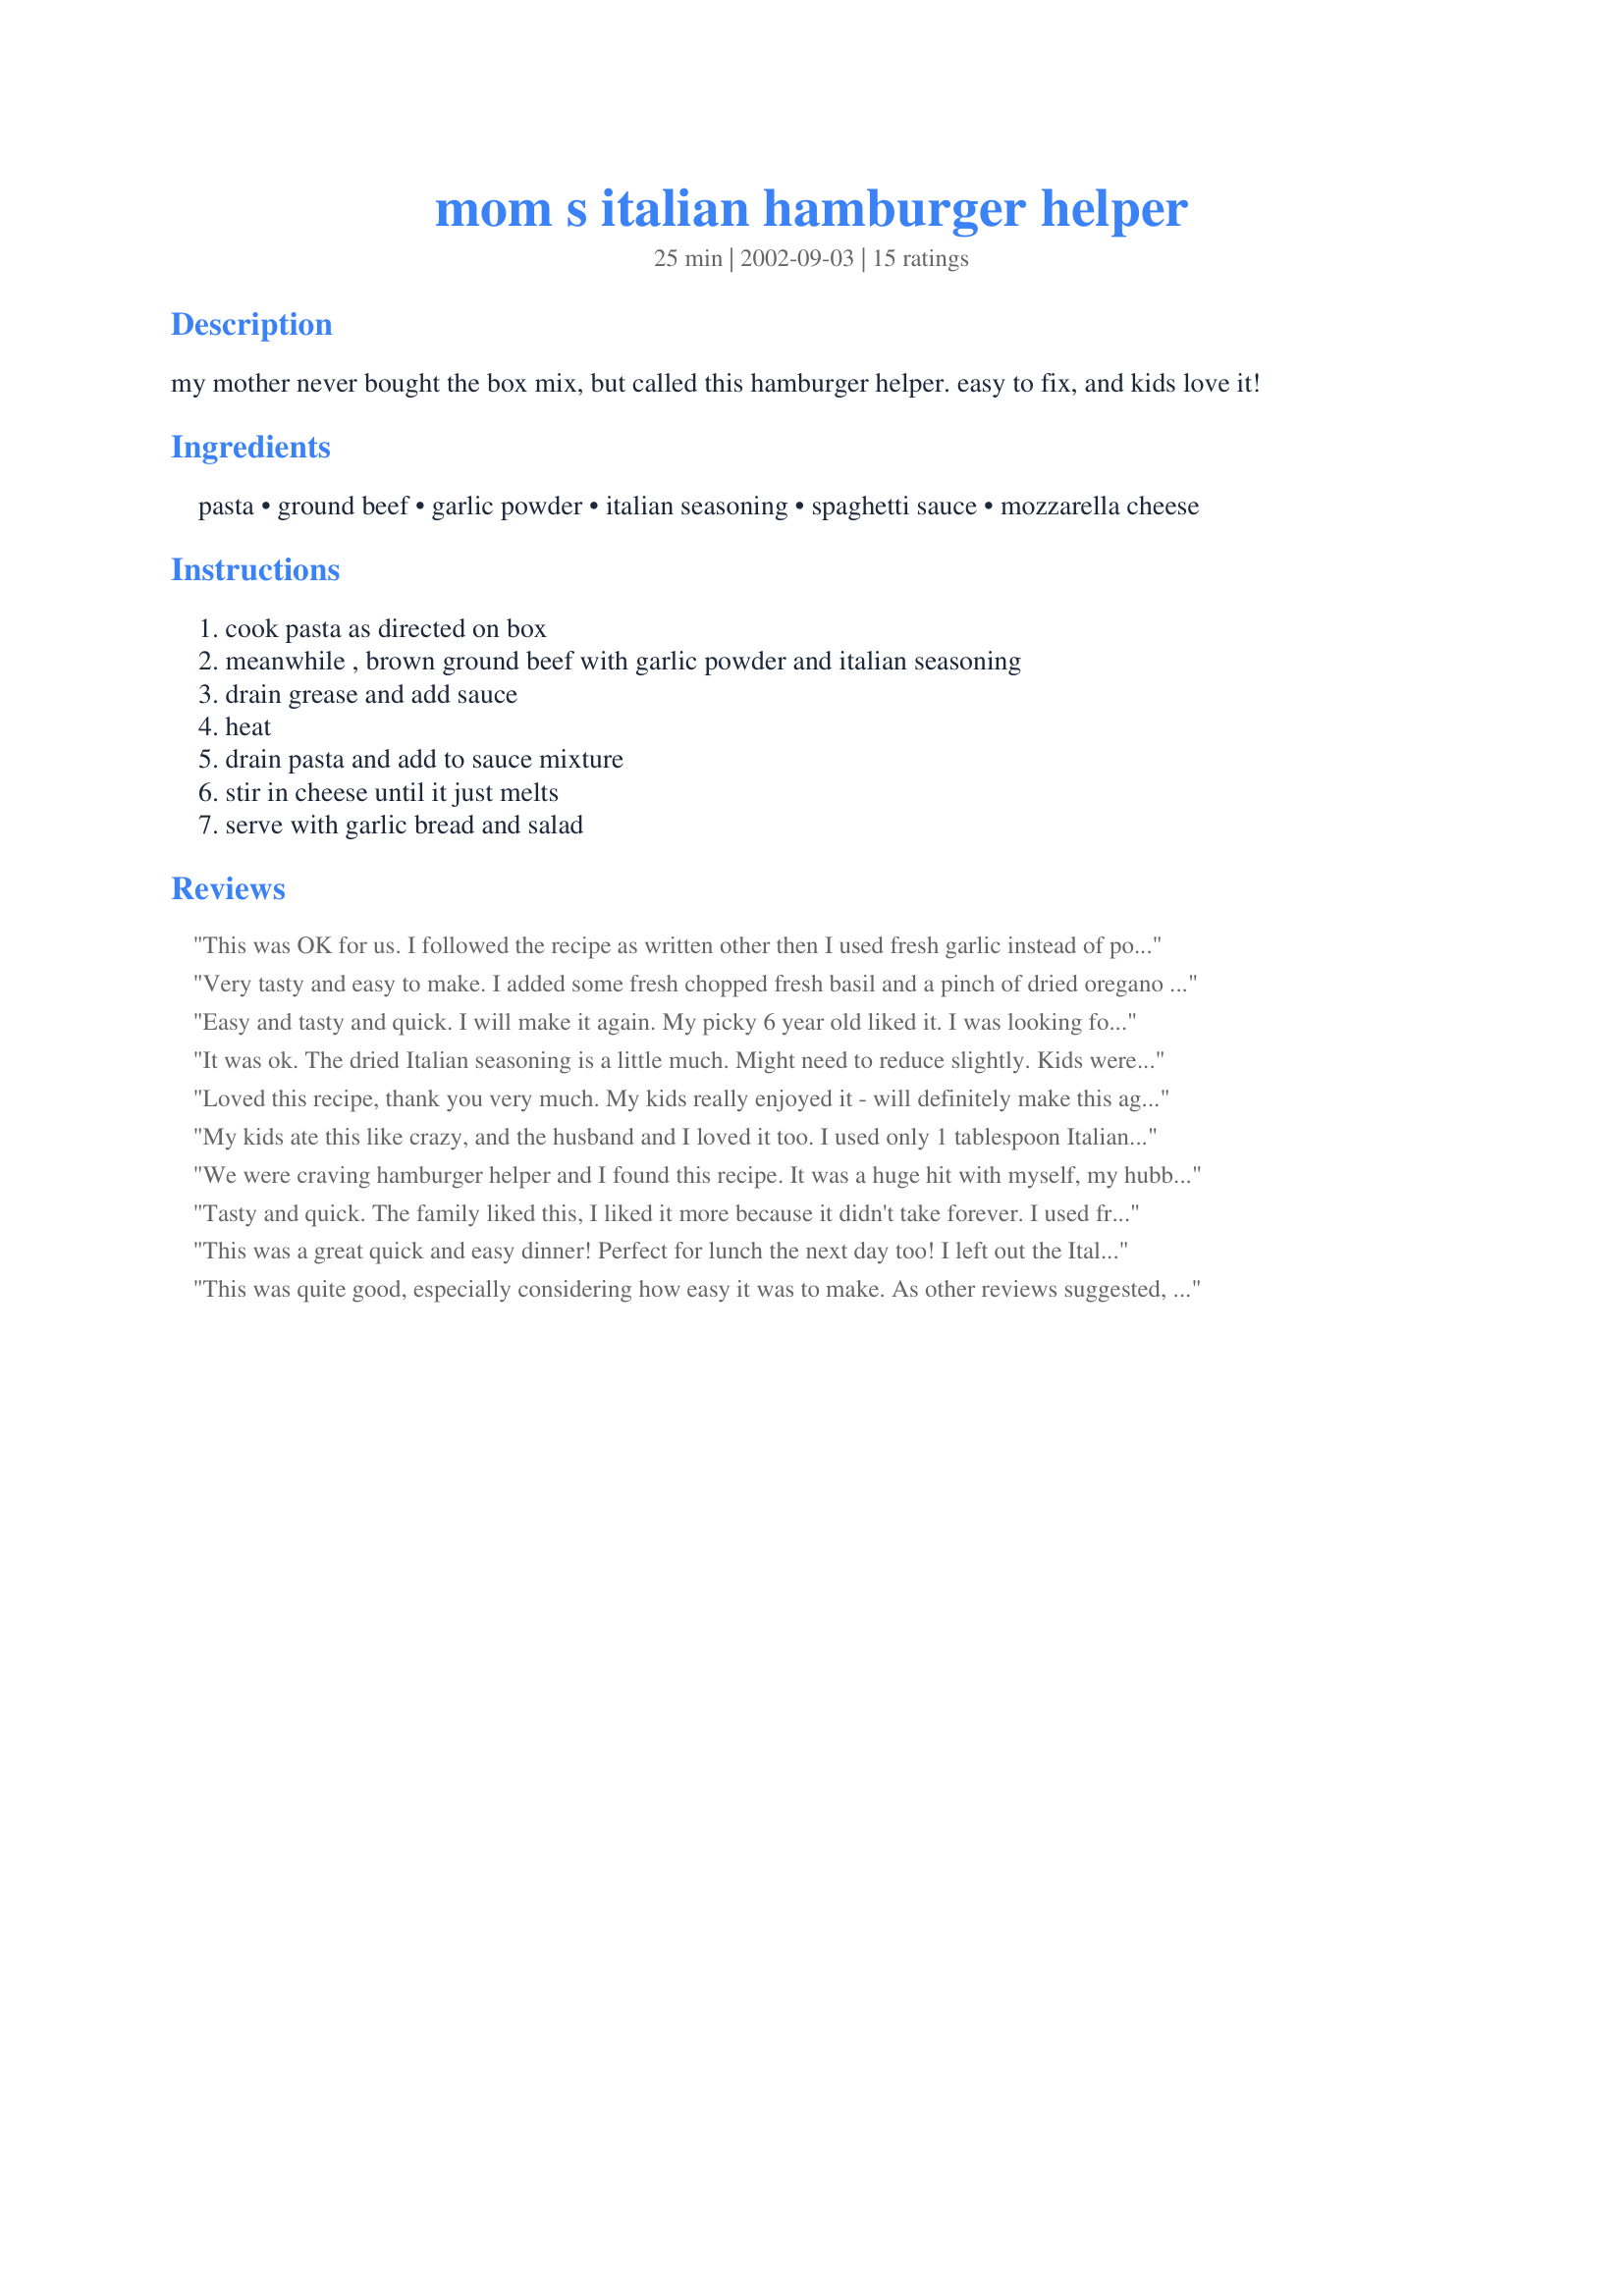
mom s italian hamburger helper
Preparation time: 25 minutes

my mother never bought the box mix, but called this hamburger helper. easy to fix, and kids love it!

Ingredients:
pasta, ground beef, garlic powder, italian seasoning, spaghetti sauce, mozzarella cheese

Steps:
cook pasta as directed on box, meanwhile , brown ground beef with garlic powder and italian seasoning, drain grease and add sauce, heat, drain pasta and add to sauce mixture, stir in cheese until it just melts, serve with garlic bread and salad

Reviews:
This was OK for us. I followed the recipe as written other then I used fresh garlic instead of powder, My family found this a bit bland but it was a quick weeknight meal.
Very tasty and easy to make. I added some fresh chopped fresh basil and a pinch of dried oregano at the end of the heating, just before mixing with the pasta and cheese.
Easy and tasty and quick. I will make it again. My picky 6 year old liked it. I was looking for hamburger helper type recipes without the additives like partially hydrogenated oils. So this one is healthier too. As tasty or tastier than Hamburger Helper Italian mixes.
It was ok. The dried Italian seasoning is a little much. Might need to reduce slightly. Kids weren't thrilled with it. It did taste a better the next day when the seasonings blended a bit better.
Loved this recipe, thank you very much. My kids really enjoyed it - will definitely make this again soon. I used Morningstar Grillers vegetarian hamburger instead of hamburger - very healthy and you cannot tell the difference between hamburger and the grillers.
My kids ate this like crazy, and the husband and I loved it too. I used only 1 tablespoon Italian seasoning, though, as I thought more would be too much. Overall, this was a great recipe we will definitely be using again in the future. So. Easy. Thank you!
We were craving hamburger helper and I found this recipe. It was a huge hit with myself, my hubby and my 15 month old son. My 4 year old didn't care for it, but she's not a big pasta fan. I used a bit less pasta and a bit more beef (approx 25%). I used 1 cup cheddar cheese and 1/3 cup of cottage cheese to make it creamy at the end. It was twice as yummy the next day for lunch. I will denitely make it again. It was exactly what we were looking for. Thanks!
Tasty and quick. The family liked this, I liked it more because it didn't take forever. I used frozen all purpose ground beef mix. Thank you!
This was a great quick and easy dinner! Perfect for lunch the next day too! I left out the Italian seasoning and just added some basil and instead of just mozzarella I used a preshredded mix of mozzarella, parmesan, asiago and provolone.
This was quite good, especially considering how easy it was to make. As other reviews suggested, I added an onion to the ground beef, and used fresh garlic instead of powdered. I also cut back on the pasta and used 1/2 lb. Kids loved it too so I might have to try and sneak some extra veggies in next time. Will definitely make again.
This was a quick, easy recipe that I will be working into my OAMC routine. Today, I added garlic and chopped onion to the hamburg, like always. Next time, I will use half the pasta called for and will use my usual mix of basil and oregano in place of the italian seasonings. Thanks, Hokiegal.
I used 16 ounces no salt tomato sauce and 1/2 cap of Garlic Herb Mrs. Dash in place of bottled sauce, italian seasoning, and garlic. Also used cheddar/jack in place of mozzarella. Kids (5 & 8) and I topped it with a bit of salt and cheddar/jack while DH, who is on a low-salt diet, didn't add anything. Picky kids proclaimed it "delicious" and DH had seconds.
I needed a quick dinner last night, my 7 yr old asked for hamburger helper style dinner. So of course I turned to Zaar. This was wonderful. The only change I will make next time is to use 1 c. of dry pasta. I made a 1lb. box and it was way too much pasta. Great meal, fast to fix. Thanks for posting!
For how easy this was, it was pretty darn good. The kids thought it tasted like pizza. I used mini farfalle pasta for this. The only thing I added was a little bit of chopped onion when I brown the beef. Thanx for a nice quick meal that kids and adults love!
We really enjoyed this recipe. I used macaroni(the only pasta the kids will eat).It was so simple to make & easy on the wallet too. Can't beat that. Thanks.
